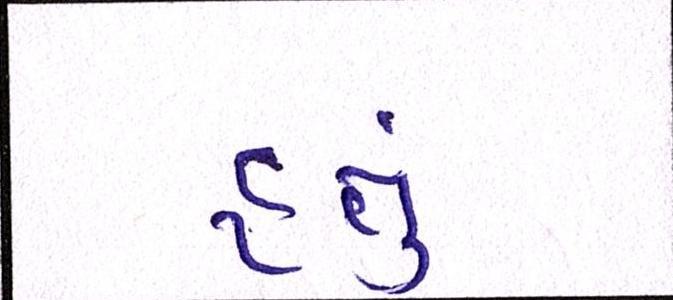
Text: હતું